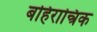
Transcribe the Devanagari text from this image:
बहिरान्त्रिक